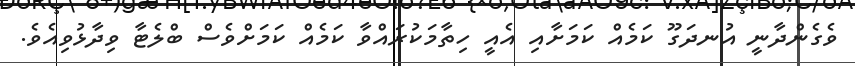
ވެގެންދާނީ އުނދަގޫ ކަމެއް ކަމަށާއި އެއީ ހިތާމަކުރައްވާ ކަމެއް ކަމަށްވެސް ބްލެޓާ ވިދާޅުވިއެވެ.